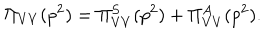
\Pi _ { V V } ( p ^ { 2 } ) = \Pi _ { V V } ^ { S } ( p ^ { 2 } ) + \Pi _ { V V } ^ { A } ( p ^ { 2 } ) .